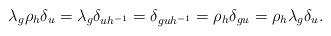
LaTeX: \begin{align*}\lambda_g\rho_ h \delta_u=\lambda_g\delta_{uh^{-1}}=\delta_{guh^{-1}}=\rho_h\delta_{gu}=\rho_h\lambda_g\delta_{u}.\end{align*}